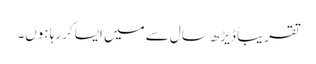
تقریباً ڈیڑھ سال سے میں ایسا کررہا ہوں۔